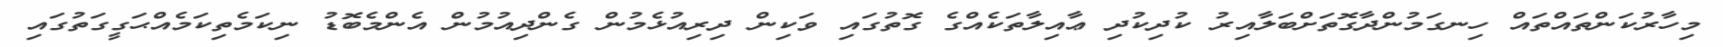
މިހާރުކަންތައްތައް ހިނގަމުންދާގޮތަށްބަލާއިރު ކުދިކުދި ޢާއިލާތަކެއްގެ ގޮތުގައި ވަކިން ދިރިއުޅެމުން ގެންދިއުމުން އެންމެބޮޑު ނިކަމެތިކަމެއްޙަގީގަތުގައި